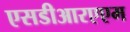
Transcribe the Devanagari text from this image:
एसडीआरएएम